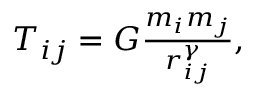
\begin{array} { r } { T _ { i j } = G \frac { m _ { i } m _ { j } } { r _ { i j } ^ { \gamma } } , } \end{array}